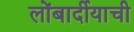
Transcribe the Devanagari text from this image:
लोंबार्दीयाची